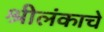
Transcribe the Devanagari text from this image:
श्रीलंकाचे